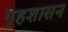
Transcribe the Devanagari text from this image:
गृहशासन